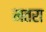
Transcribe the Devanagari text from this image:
मतरा